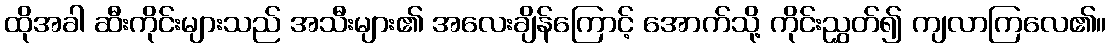
ထိုအခါ ဆီးကိုင်းများသည် အသီးများ၏ အလေးချိန်ကြောင့် အောက်သို့ ကိုင်းညွှတ်၍ ကျလာကြလေ၏။